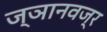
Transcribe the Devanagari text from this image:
ज्ञानवज्र